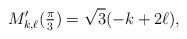
LaTeX: \begin{align*} M_{k,\ell}'(\tfrac{\pi}{3}) = \sqrt{3}(-k + 2\ell), \end{align*}